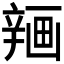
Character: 𰺨